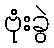
ဗုံးခွဲ